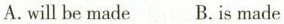
A.will be made B.Is made